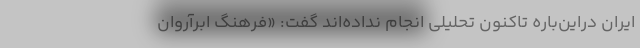
ایران دراین‌باره تاکنون تحلیلی انجام نداده‌اند گفت: «فرهنگ ابرآروان